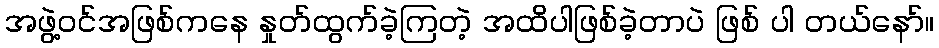
အဖွဲ့ဝင်အဖြစ်ကနေ နှုတ်ထွက်ခဲ့ကြတဲ့ အထိပါဖြစ်ခဲ့တာပဲ ဖြစ် ပါ တယ်နော်။